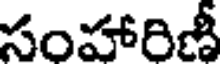
సంహారిణీ